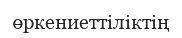
өркениеттіліктің